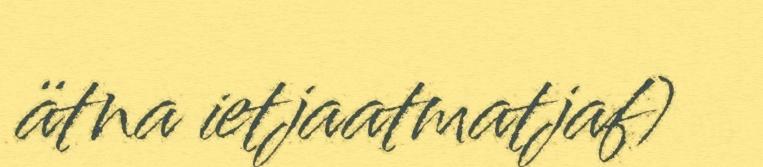
ätna ietjaatmatjaf)